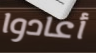
أعادوا